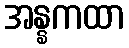
အန္နကထာ